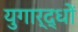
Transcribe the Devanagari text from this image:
युगार्द्धों